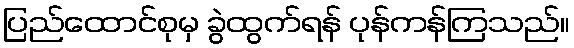
ပြည်ထောင်စုမှ ခွဲထွက်ရန် ပုန်ကန်ကြသည်။